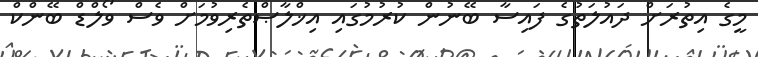
މީގެ އިތުރަށް ދައުލަތުގެ ފައިސާ ބޭނުން ކުރުމުގައި އިޚްލާޞްތެރިވުމަށް ވެސް ވޯލްޑް ބޭންކް